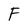
Character: F